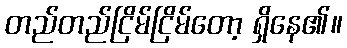
တည်တည်ငြိမ်ငြိမ်တော့ ရှိနေ၏။